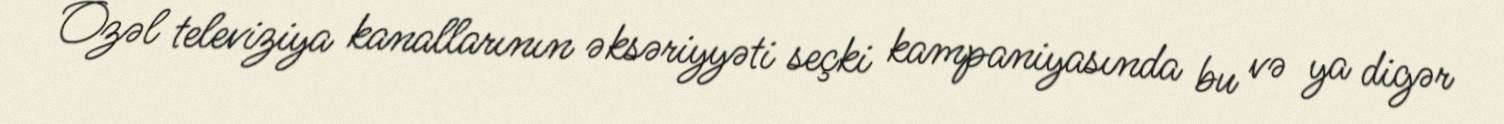
Özəl televiziya kanallarının əksəriyyəti seçki kampaniyasında bu və ya digər